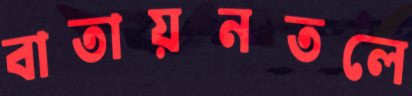
বাতায়নতলে